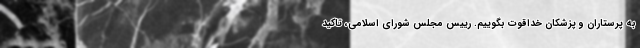
به پرستاران و پزشکان خداقوت بگوییم. رییس مجلس شورای اسلامی، تاکید